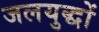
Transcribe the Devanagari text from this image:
जलयुद्धों